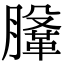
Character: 𣎤